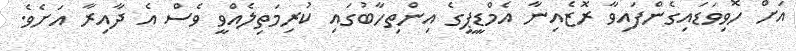
އަށް ހޮވިވަޑައިގެންފައިވާ ރޮޒެއިނާ އެމްޑީޕީގެ އިންތިހާބުގައި ކުރިމަތިލެއްވީ ވެސް އެ ދާއިރާ އަށެވެ.